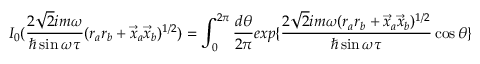
I _ { 0 } ( \frac { 2 \sqrt { 2 } i m \omega } { \hbar \sin \omega \tau } ( r _ { a } r _ { b } + \vec { x } _ { a } \vec { x } _ { b } ) ^ { 1 / 2 } ) = \int _ { 0 } ^ { 2 \pi } \frac { d \theta } { 2 \pi } e x p \{ \frac { 2 \sqrt { 2 } i m \omega ( r _ { a } r _ { b } + \vec { x } _ { a } \vec { x } _ { b } ) ^ { 1 / 2 } } { \hbar \sin \omega \tau } \cos \theta \}